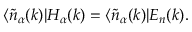
\langle \widetilde { n } _ { \alpha } ( k ) | H _ { \alpha } ( k ) = \langle \widetilde { n } _ { \alpha } ( k ) | E _ { n } ( k ) .